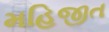
મહિજીત